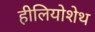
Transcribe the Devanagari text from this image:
हीलियोशेथ